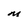
Character: M